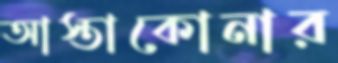
আস্তাকোনার